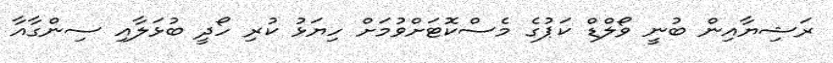
ރަޝިޔާއިން ބުނީ ވޯލްޑް ކަޕުގެ މެސްކޮޓަށްވުމަށް ހިޔަޅު ކުރި ހޯދީ ބުޅަލާއި ސިންގާއާ